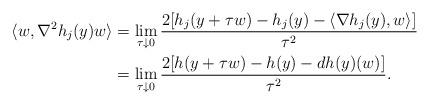
LaTeX: \begin{align*} \langle w,\nabla^2h_j(y)w\rangle &=\lim_{\tau\downarrow 0}\frac{2[h_j(y+\tau w)-h_j(y)-\langle\nabla h_j(y),w\rangle]}{\tau^2} \\ &=\lim_{\tau\downarrow 0}\frac{2[h(y+\tau w)-h(y)-dh(y)(w)]}{\tau^2}. \end{align*}